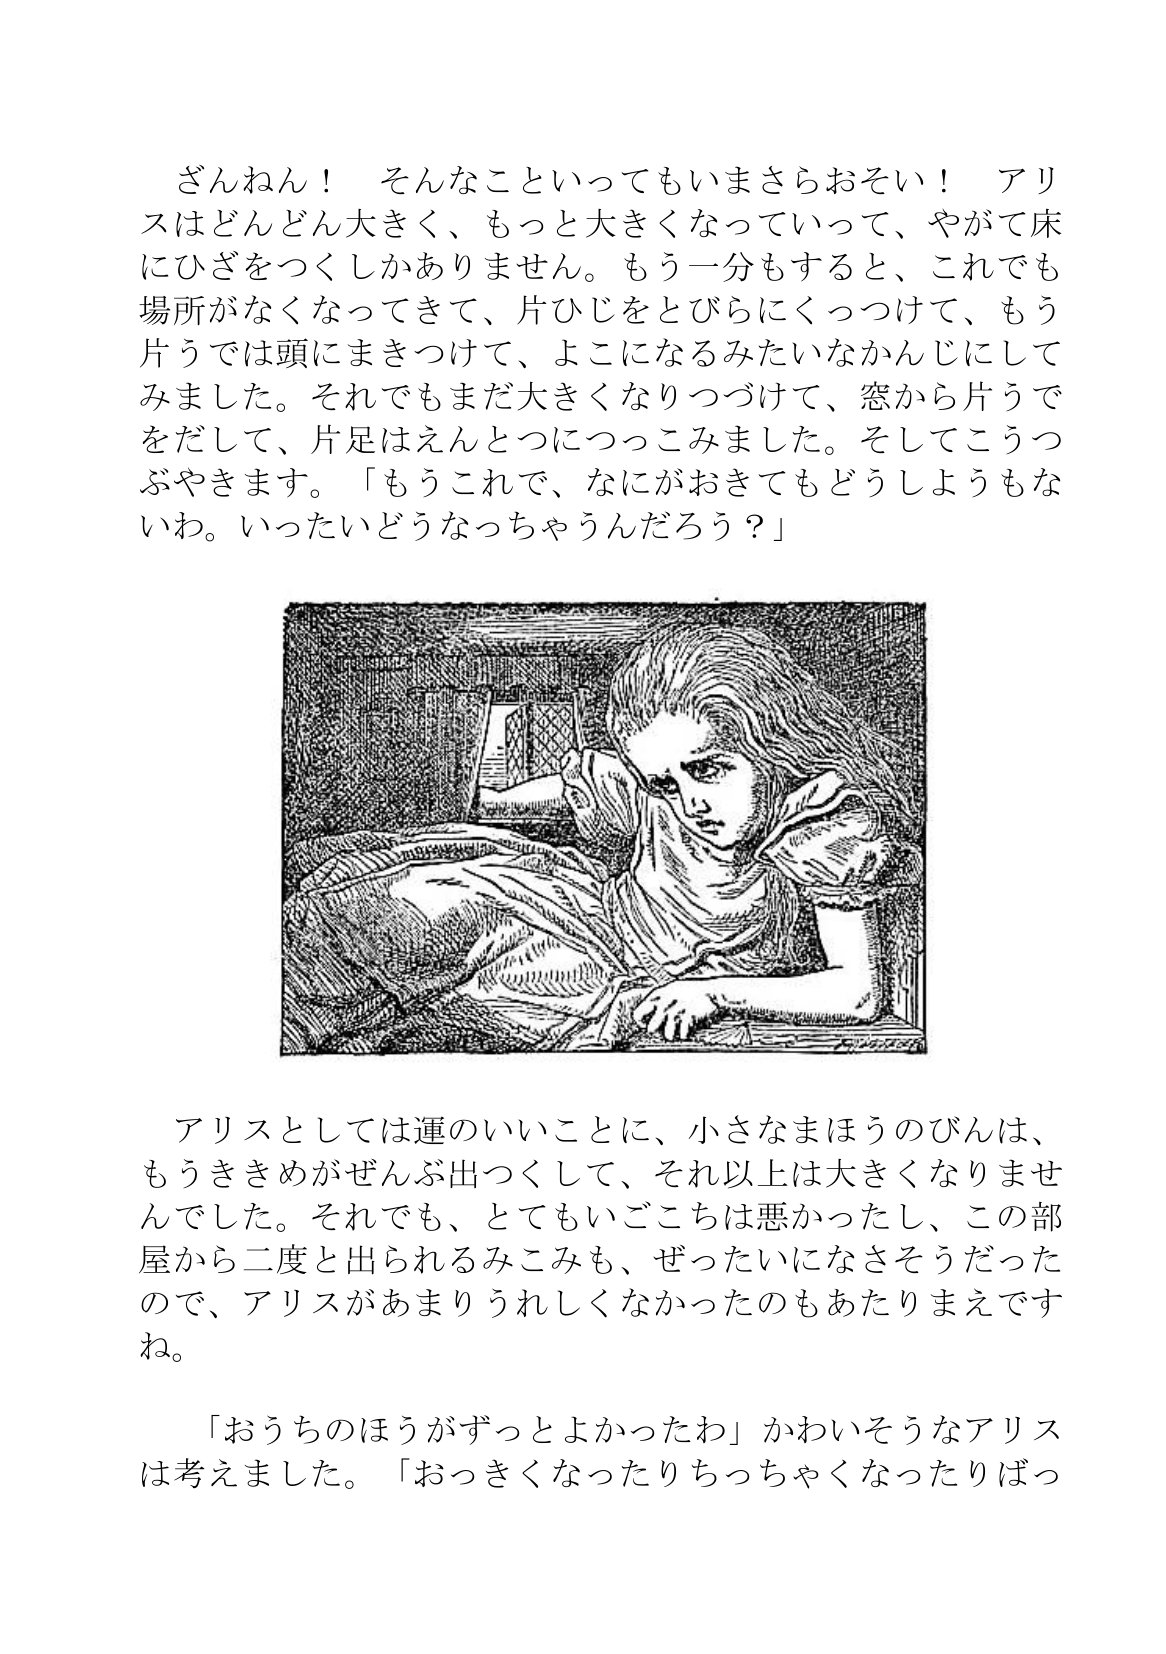
Language: ja